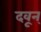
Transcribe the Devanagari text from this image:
दवून्